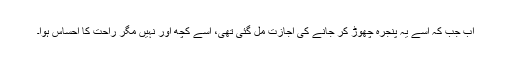
اب جب کہ اسے یہ پنجرہ چھوڑ کر جانے کی اجازت مل گئی تھی، اسے کچھ اور نہیں مگر راحت کا احساس ہوا۔